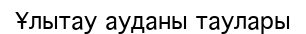
Ұлытау ауданы таулары